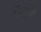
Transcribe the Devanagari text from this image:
फेंगची